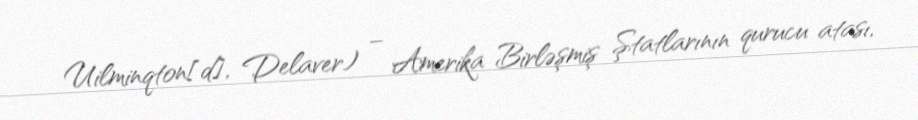
Uilminqton[d], Delaver) – Amerika Birləşmiş Ştatlarının qurucu atası,